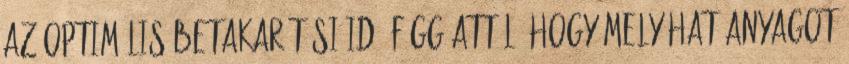
Az optimális betakarítási idő függ attól, hogy mely hatóanyagot